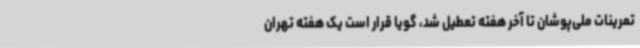
تمرینات ملی‌پوشان تا آخر هفته تعطیل شد، گویا قرار است یک هفته تهران